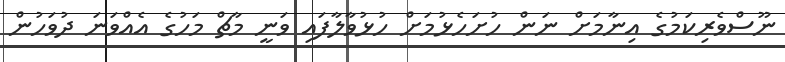
ނޫސްވެރިކަމުގެ އިނާމަށް ނަން ހުށަހެޅުމަށް ހުޅުވާލާފައި ވަނީ މާޗް މަހުގެ އެއްވަނަ ދުވަހުން